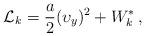
LaTeX: \begin{align*} {\cal L}_k= \frac{a}{2} ({\upsilon}_{{{y}}})^2 + W^*_k\, , \end{align*}